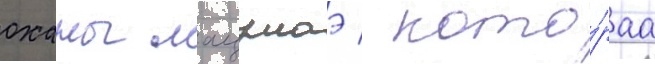
оханы мацумаэ / кото́раа